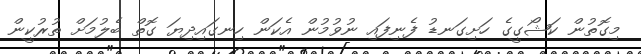
މިގޮތުން ކަޝޯގީގެ ހަށިގަނޑު ފެނިފައި ނުވުމުން އެކަން ހިނގައިދިޔަ ގޮތް ބެލުމަށް ތުރުކީން